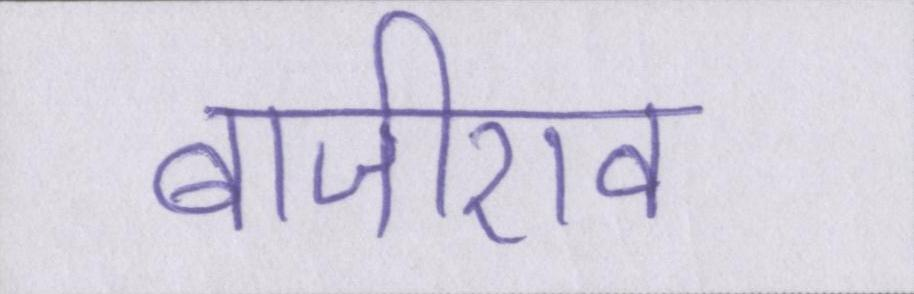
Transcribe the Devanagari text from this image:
बाजीराव